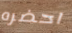
احضره